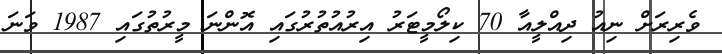
ވެރިރަށް ނިއު ދިއްލީއާ 70 ކިލޯމީޓަރު އިރުއުތުރުގައި އޮންނަ މީރުތުގައި 1987 ވަނަ